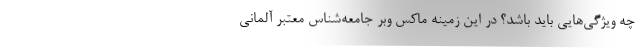
چه ویژگی‌هایی باید باشد؟ در این زمینه ماکس وبر جامعه‌شناس معتبر آلمانی